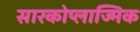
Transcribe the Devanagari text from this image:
सारकोप्लाज्मिक